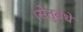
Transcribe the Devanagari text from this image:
।सेतुबंधे